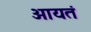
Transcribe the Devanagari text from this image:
आयतं